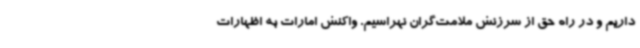
داریم و در راه حق از سرزنش ملامت‌گران نهراسیم. واکنش امارات به اظهارات